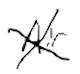
Text: Air
Cross-out: cross
Writing tool: digital_black